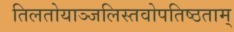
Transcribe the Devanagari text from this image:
तिलतोयाञ्जलिस्तवोपतिष्ठताम्